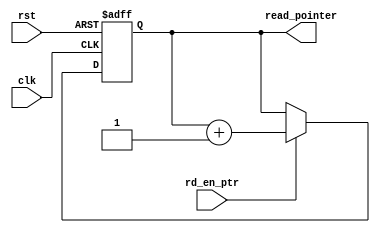
module READPTR #(parameter w_address = 4)(
    input clk,rst,
    input rd_en_ptr,
    // extra bit to detect full / empty states
    output reg [w_address:0] read_pointer
);

always @(posedge clk or negedge rst)begin
    if(!rst) begin
        read_pointer <= 5'd0;
    end
    else if(rd_en_ptr) begin
        read_pointer <= read_pointer + 1;
    end
end


endmodule